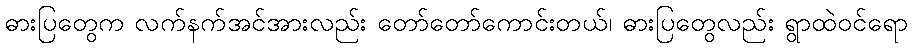
ဓားပြတွေက လက်နက်အင်အားလည်း တော်တော်ကောင်းတယ်၊ ဓားပြတွေလည်း ရွာထဲဝင်ရော